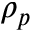
\rho _ { p }